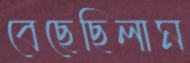
বেছেছিলাম